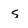
Character: s